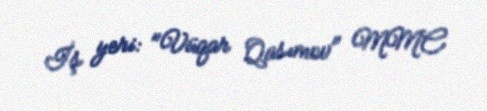
İş yeri: "Vüqar Qasımov" MMC